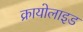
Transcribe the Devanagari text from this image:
क्रायोलाइड